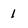
Character: 1